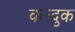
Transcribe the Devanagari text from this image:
कन्दुक